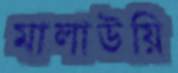
মালাউয়ি